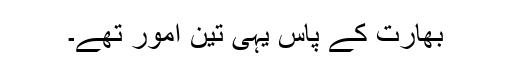
بھارت کے پاس یہی تین امور تھے۔